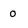
Character: 0